Annual administration report of the Civil Veterinary Department, Ajmere-Merwara, British Rajputana - 1914-1940
Year: 1914
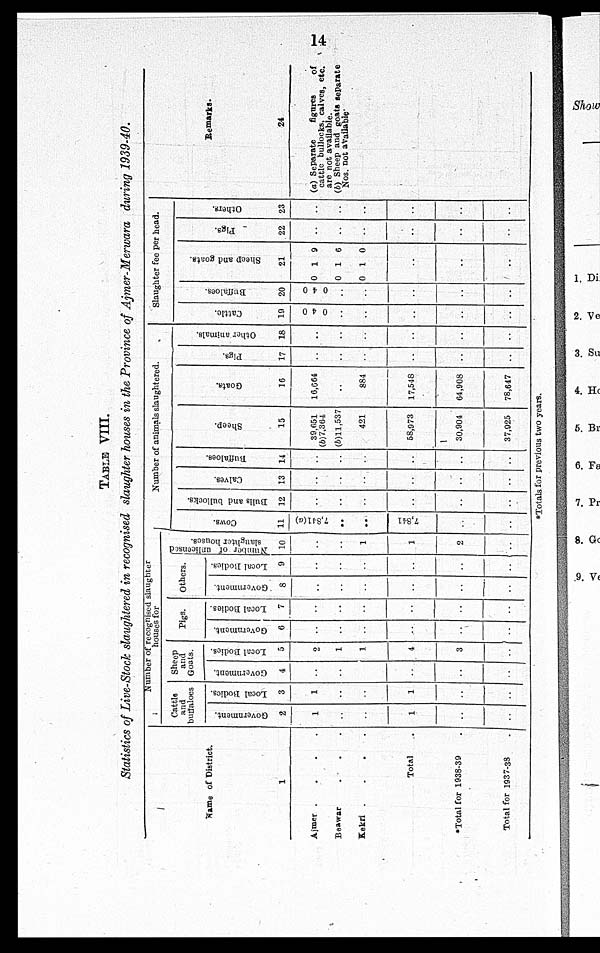
14
TABLE VIII.
Statistics of Live-Stock slaughtered in recognised slaughter houses in the Province of Ajmer-Merwara during 1939-40.
Name of District.
1
Ajmer
....
Beawar . . .
Kekri
....
Total
*Total for 1938-39 .
Total for 1937-38 .
Number of recognised slaughter
houses for
Cattle
and
buffaloes
Government.
2
1
..
..
1
..
..
Local Bodies.
3
1
..
..
1
..
..
Sheep
and
Goats.
Government.
4
..
..
..
..
..
..
Local Bodies.
5
2
1
1
4
3
..
Pigs.
Government.
6
..
..
..
..
..
..
Local Bodies.
7
..
..
..
..
..
..
Others.
Government.
8
..
..
..
..
..
..
Local Bodies.
9
..
..
..
..
..
..
Number of unlicensed
slaughter houses.
10
..
..
1
1
2
..
Number of animals slaughtered.
Cows.
11
7,841(a)
..
..
7,841
..
..
Bulls and bullocks.
12
..
..
..
..
..
..
Calves.
13
..
..
..
..
..
..
Buffaloes.
14
..
..
..
..
..
..
Sheep.
15
39.651
(b)7,364
(b)11,537
421
58,973
30,904
37,925
Goats.
16
16,664
..
884
17,548
64,908
78,647
Pigs.
17
..
..
..
..
..
..
Other animals.
18
..
..
..
..
..
..
Slaughter fee per head.
Cattle.
19
0
4
0
..
..
..
..
..
Buffaloes.
20
0
4
0
..
..
..
..
..
Sheep and goats.
21
0
0
0
1
1
1
9
6
0
..
..
..
Pigs.
22
..
..
..
..
..
..
Others.
23
..
..
..
..
..
..
Remarks.
24
(a) Separate
figures
of
cattle bullocks, calves, etc.
are not available.
(b) Sheep and goats separate
Nos. not available.
*Totals for previous two years.